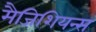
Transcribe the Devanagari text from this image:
मैजिशियन्स